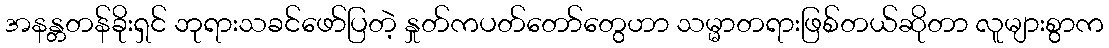
အနန္တတန်ခိုးရှင် ဘုရားသခင်ဖော်ပြတဲ့ နှုတ်ကပတ်တော်တွေဟာ သမ္မာတရားဖြစ်တယ်ဆိုတာ လူများစွာက